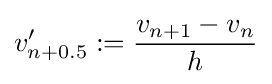
v'_{n+0.5}:={\frac {v_{n+1}-v_{n}}{h}}